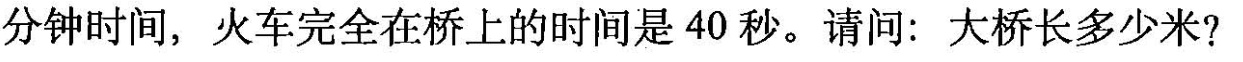
例题(2)一列火车以每秒20米的速度通过一座大桥，火车从上桥到完全通过用了1